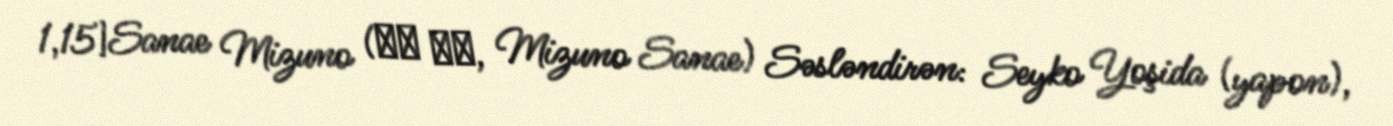
1,15]Sanae Mizuno (水野 沙苗, Mizuno Sanae) Səsləndirən: Seyko Yoşida (yapon),